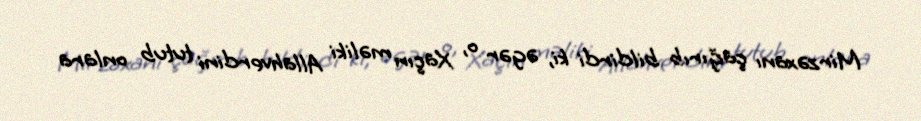
Mirzəxanı çağırıb bildirdi ki, əgər o, Xaçın məliki Allahverdini tutub onlara